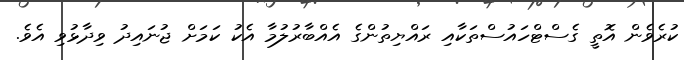
ކުރެވެން އޮތީ ގެސްޓްހައުސްތަކާއި ރައްޔިތުންގެ އެއްބާރުލުމާ އެކު ކަމަށް ޖުނައިދު ވިދާޅުވި އެވެ.